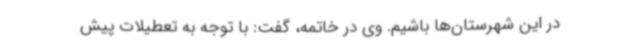
در این شهرستان‌ها باشیم. وی در خاتمه، گفت: با توجه به تعطیلات پیش